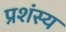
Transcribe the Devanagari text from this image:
प्रशंस्य